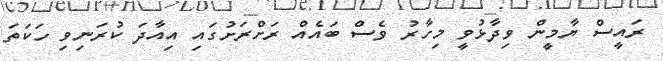
ރައީސް ޔާމީން ވިދާޅުވީ މިހާރު ވެސް ބައެއް ރަށްރަށުގައި އިއާދަ ކުރަނިވި ހަކަތަ